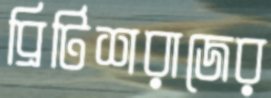
ব্রিটিশরাজের